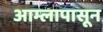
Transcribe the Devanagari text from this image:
आम्लापासून